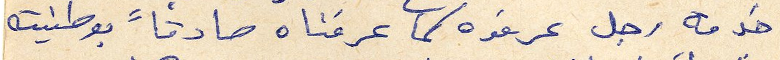
خدمة رجل عرفوه كما عرفناه صادقاً بوطنيته